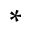
^ { * }